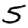
Digit: 5